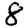
Digit: 8